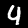
Label: 4